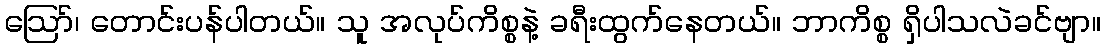
ဪ၊ တောင်းပန်ပါတယ်။ သူ အလုပ်ကိစ္စနဲ့ ခရီးထွက်နေတယ်။ ဘာကိစ္စ ရှိပါသလဲခင်ဗျာ။